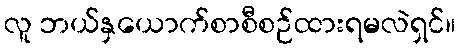
လူ ဘယ်နှယောက်စာစီစဉ်ထားရမလဲရှင်။